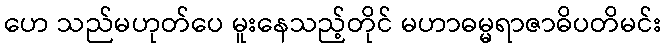
ဟေ သည်မဟုတ်ပေ မူးနေသည့်တိုင် မဟာဓမ္မရာဇာဓိပတိမင်း